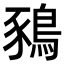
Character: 𪁥